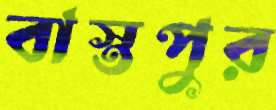
বাস্তপুর